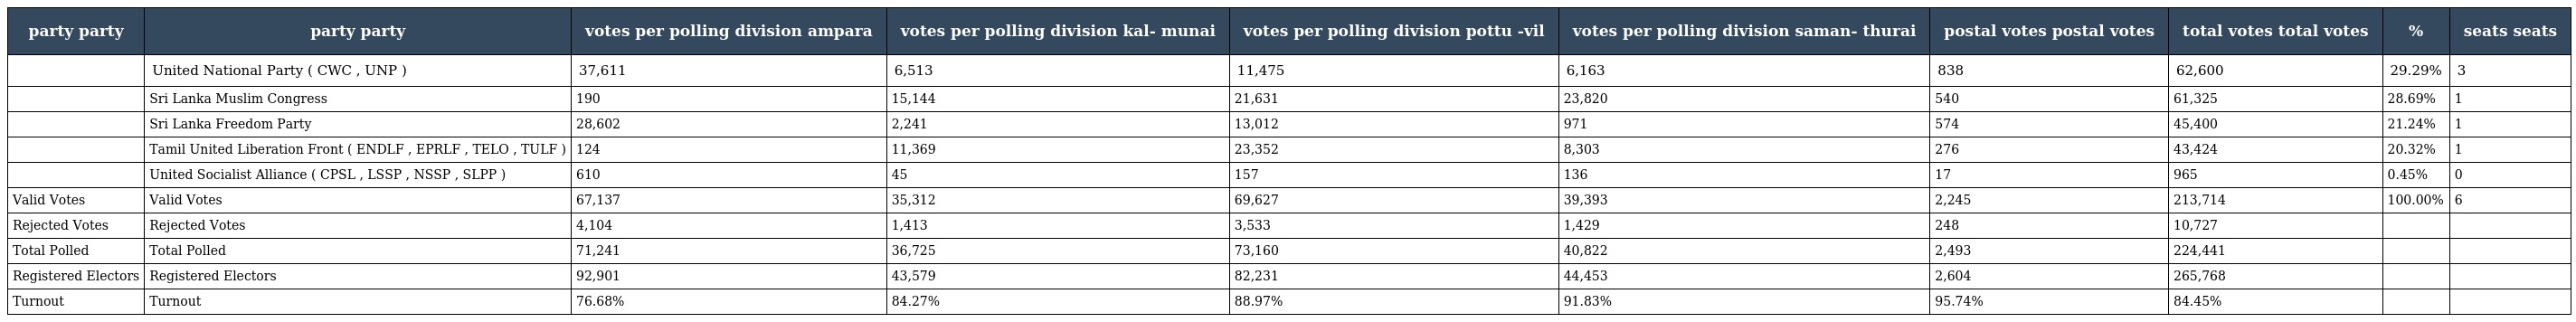
| party party | party party | votes per polling division ampara | votes per polling division kal- munai | votes per polling division pottu -vil | votes per polling division saman- thurai | postal votes postal votes | total votes total votes | % | seats seats |
 | --- | --- | --- | --- | --- | --- | --- | --- | --- | --- |
 |  | United National Party ( CWC , UNP ) | 37,611 | 6,513 | 11,475 | 6,163 | 838 | 62,600 | 29.29% | 3 |
 |  | Sri Lanka Muslim Congress | 190 | 15,144 | 21,631 | 23,820 | 540 | 61,325 | 28.69% | 1 |
 |  | Sri Lanka Freedom Party | 28,602 | 2,241 | 13,012 | 971 | 574 | 45,400 | 21.24% | 1 |
 |  | Tamil United Liberation Front ( ENDLF , EPRLF , TELO , TULF ) | 124 | 11,369 | 23,352 | 8,303 | 276 | 43,424 | 20.32% | 1 |
 |  | United Socialist Alliance ( CPSL , LSSP , NSSP , SLPP ) | 610 | 45 | 157 | 136 | 17 | 965 | 0.45% | 0 |
 | Valid Votes | Valid Votes | 67,137 | 35,312 | 69,627 | 39,393 | 2,245 | 213,714 | 100.00% | 6 |
 | Rejected Votes | Rejected Votes | 4,104 | 1,413 | 3,533 | 1,429 | 248 | 10,727 |  |  |
 | Total Polled | Total Polled | 71,241 | 36,725 | 73,160 | 40,822 | 2,493 | 224,441 |  |  |
 | Registered Electors | Registered Electors | 92,901 | 43,579 | 82,231 | 44,453 | 2,604 | 265,768 |  |  |
 | Turnout | Turnout | 76.68% | 84.27% | 88.97% | 91.83% | 95.74% | 84.45% |  |  |